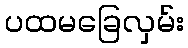
ပထမခြေလှမ်း